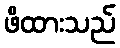
ဖိထားသည်